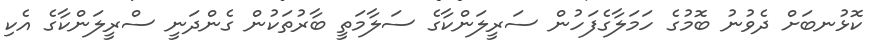
ކޮޅުނބަށް ދެވުނު ބޮމުގެ ހަމަލާގެފަހުން ސަރީލަންކާގެ ސަލާމަތީ ބާރުތަކުން ގެންދަނީ ސްރީލަންކާގެ އެކި